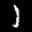
Label: 1